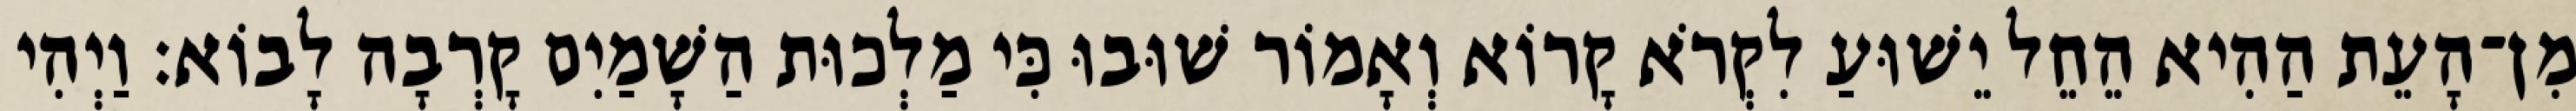
מִן־הָעֵת הַהִיא הֵחֵל יֵשׁוּעַ לִקְרֹא קָרוֹא וְאָמוֹר שׁוּבוּ כִּי מַלְכוּת הַשָׁמַיִם קָרְבָה לָבוֹא׃ וַיְהִי